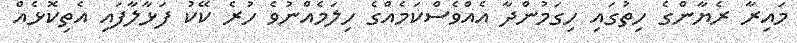
މައިރާ ރެޔާންގެ ހިތުގައި ހިގަމުންދާ އެއްވެސްކަމެއްގެ ހިލަމެއްނުވެ ހުރެ ކޭކު ފަޅާލާފައި އެތިކޮޅެއް